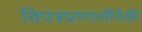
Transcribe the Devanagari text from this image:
विपत्रप्रणालींपैकी